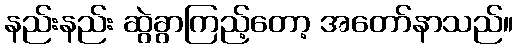
နည်းနည်း ဆွဲခွာကြည့်တော့ အတော်နာသည်။